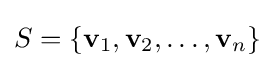
S=\{\mathbf {v} _{1},\mathbf {v} _{2},\ldots ,\mathbf {v} _{n}\}